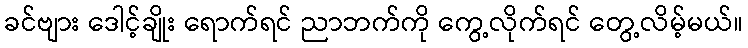
ခင်ဗျား ဒေါင့်ချိုး ရောက်ရင် ညာဘက်ကို ကွေ့လိုက်ရင် တွေ့လိမ့်မယ်။